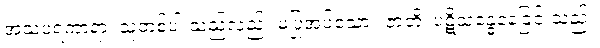
အသပရံကာရာ၊ သူတစ်ပါးသည်လည်း မပြုအပ်သော။ ဇာတိ၊ ပဋိသန္ဓေနေခြင်းသည်။